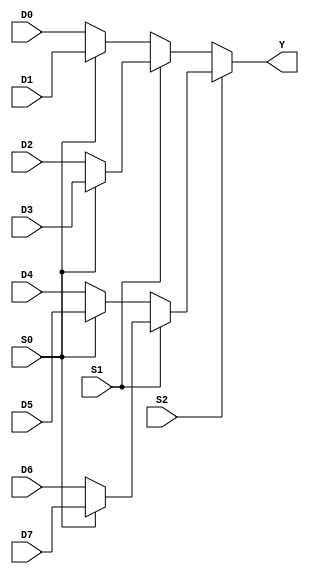
module CC_MX8 (
	input  D0, D1, D2, D3,
	input  D4, D5, D6, D7,
	input  S0, S1, S2,
	output Y
);
	assign Y = S2 ? (S1 ? (S0 ? D7 : D6) :
						  (S0 ? D5 : D4)) :
					(S1 ? (S0 ? D3 : D2) :
						  (S0 ? D1 : D0));
endmodule